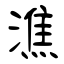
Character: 潐